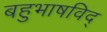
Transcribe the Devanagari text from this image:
बहुभाषविद्